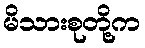
မိသားစုတို့က